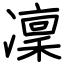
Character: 凜